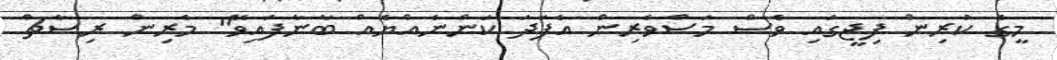
މީގެ ކުރިން ފިޖީގައި ވެސް މަސްވެރިން އެފަދަ ކަންނެއްޔެއް ބާނާފައިވޭ" މެރިން ރިސާޗް